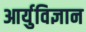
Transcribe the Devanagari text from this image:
आर्युविज्ञान